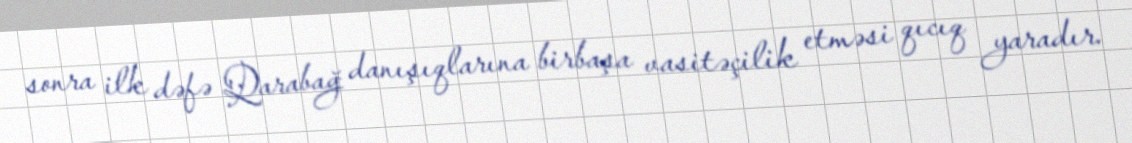
sonra ilk dəfə Qarabağ danışıqlarına birbaşa vasitəçilik etməsi qıcıq yaradır.